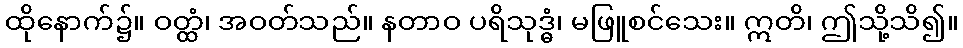
ထိုနောက်၌။ ဝတ္ထံ၊ အဝတ်သည်။ နတာဝ ပရိသုဒ္ဓံ၊ မဖြူစင်သေး။ ဣတိ၊ ဤသို့သိ၍။